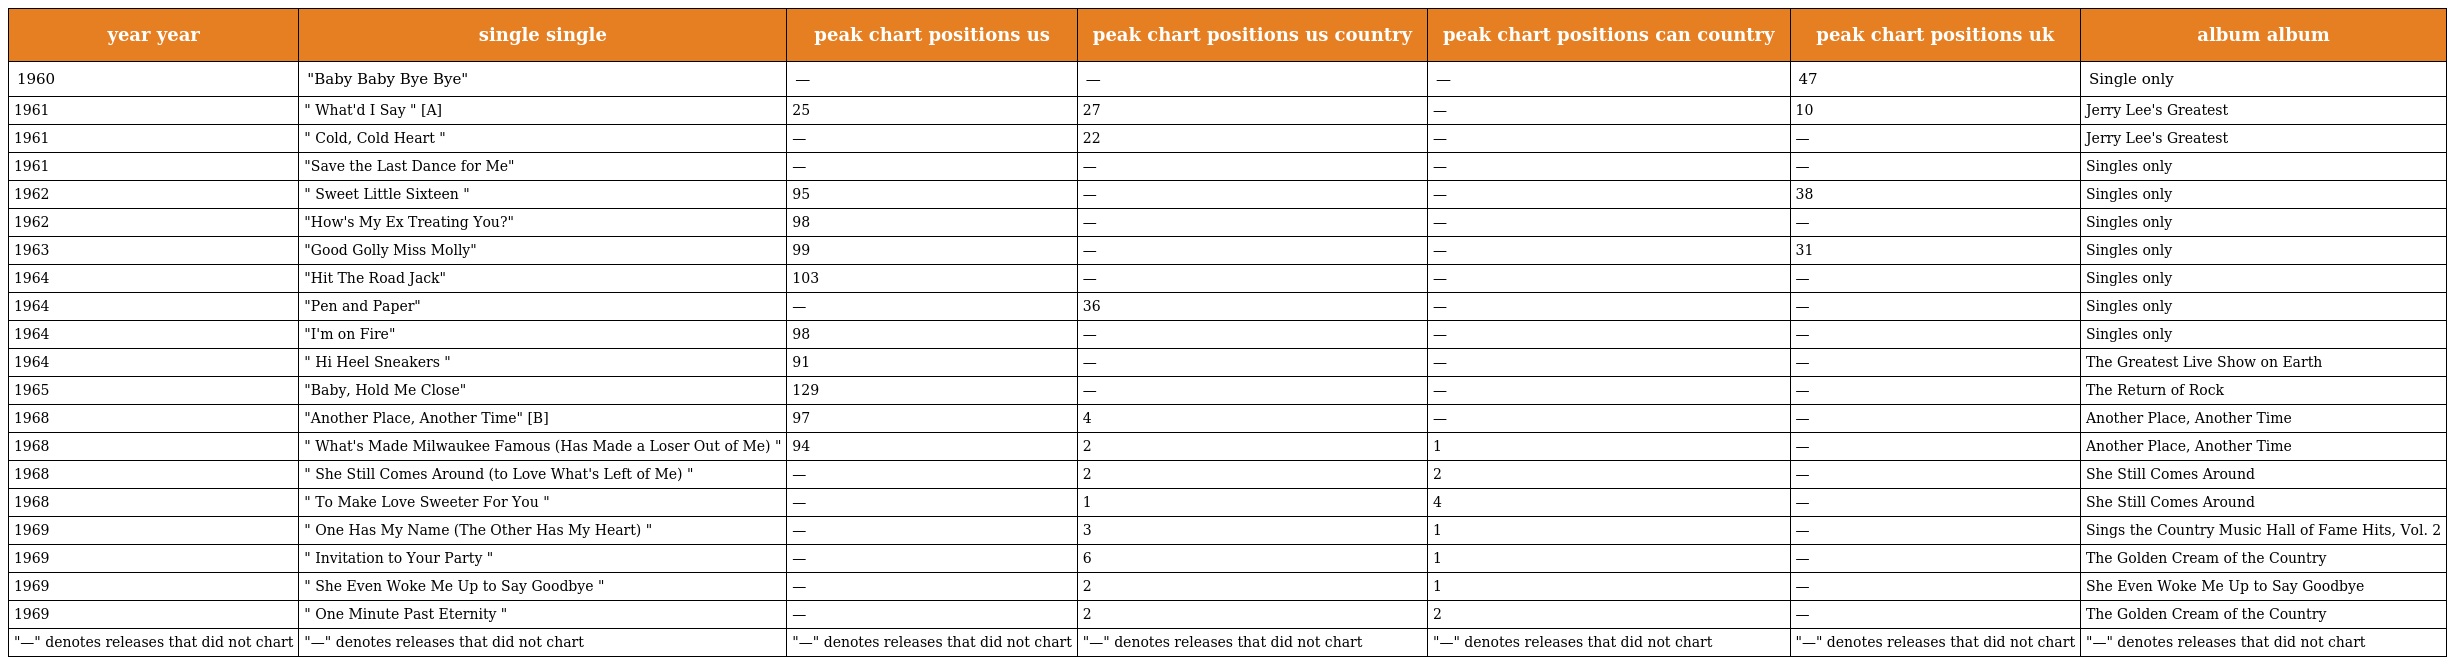
| year year | single single | peak chart positions us | peak chart positions us country | peak chart positions can country | peak chart positions uk | album album |
 | --- | --- | --- | --- | --- | --- | --- |
 | 1960 | "Baby Baby Bye Bye" | — | — | — | 47 | Single only |
 | 1961 | " What'd I Say " [A] | 25 | 27 | — | 10 | Jerry Lee's Greatest |
 | 1961 | " Cold, Cold Heart " | — | 22 | — | — | Jerry Lee's Greatest |
 | 1961 | "Save the Last Dance for Me" | — | — | — | — | Singles only |
 | 1962 | " Sweet Little Sixteen " | 95 | — | — | 38 | Singles only |
 | 1962 | "How's My Ex Treating You?" | 98 | — | — | — | Singles only |
 | 1963 | "Good Golly Miss Molly" | 99 | — | — | 31 | Singles only |
 | 1964 | "Hit The Road Jack" | 103 | — | — | — | Singles only |
 | 1964 | "Pen and Paper" | — | 36 | — | — | Singles only |
 | 1964 | "I'm on Fire" | 98 | — | — | — | Singles only |
 | 1964 | " Hi Heel Sneakers " | 91 | — | — | — | The Greatest Live Show on Earth |
 | 1965 | "Baby, Hold Me Close" | 129 | — | — | — | The Return of Rock |
 | 1968 | "Another Place, Another Time" [B] | 97 | 4 | — | — | Another Place, Another Time |
 | 1968 | " What's Made Milwaukee Famous (Has Made a Loser Out of Me) " | 94 | 2 | 1 | — | Another Place, Another Time |
 | 1968 | " She Still Comes Around (to Love What's Left of Me) " | — | 2 | 2 | — | She Still Comes Around |
 | 1968 | " To Make Love Sweeter For You " | — | 1 | 4 | — | She Still Comes Around |
 | 1969 | " One Has My Name (The Other Has My Heart) " | — | 3 | 1 | — | Sings the Country Music Hall of Fame Hits, Vol. 2 |
 | 1969 | " Invitation to Your Party " | — | 6 | 1 | — | The Golden Cream of the Country |
 | 1969 | " She Even Woke Me Up to Say Goodbye " | — | 2 | 1 | — | She Even Woke Me Up to Say Goodbye |
 | 1969 | " One Minute Past Eternity " | — | 2 | 2 | — | The Golden Cream of the Country |
 | "—" denotes releases that did not chart | "—" denotes releases that did not chart | "—" denotes releases that did not chart | "—" denotes releases that did not chart | "—" denotes releases that did not chart | "—" denotes releases that did not chart | "—" denotes releases that did not chart |